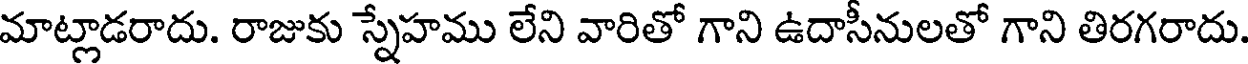
మాట్లాడరాదు. రాజుకు స్నేహము లేని వారితో గాని ఉదాసీనులతో గాని తిరగరాదు.